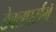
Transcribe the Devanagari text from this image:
डेवलपर्समें